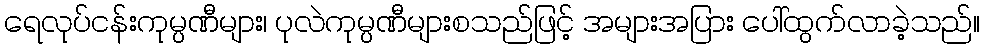
ရေလုပ်ငန်းကုမ္ပဏီများ၊ ပုလဲကုမ္ပဏီများစသည်ဖြင့် အများအပြား ပေါ်ထွက်လာခဲ့သည်။